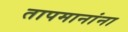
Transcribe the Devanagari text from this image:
तापमानांना